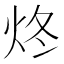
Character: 炵